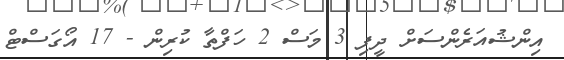
އިންޝުއަރެންސަށް ދީފި 3 މަސް 2 ހަފްތާ ކުރިން - 17 އޯގަސްޓް